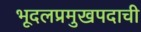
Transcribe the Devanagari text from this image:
भूदलप्रमुखपदाची